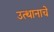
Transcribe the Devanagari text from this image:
उत्थानाचे